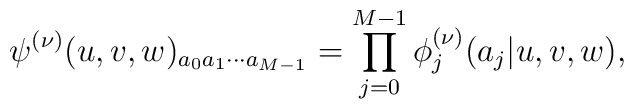
\psi^{(\nu)}(u,v,w)_{a_{0}a_{1}\cdots a_{M-1}} =\prod_{j=0}^{M-1}\phi_{j}^{(\nu)}(a_{j}|u,v,w),